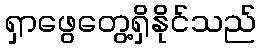
ရှာဖွေတွေ့ရှိနိုင်သည်